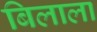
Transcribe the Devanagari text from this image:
बिलाला